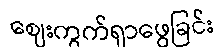
ဈေးကွက်ရှာဖွေခြင်း